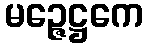
မဉ္ဇေဋ္ဌကေ